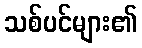
သစ်ပင်များ၏